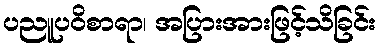
ပညူပဝိစာရာ၊ အပြားအားဖြင့်သိခြင်း